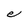
Character: e